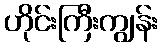
ဟိုင်းကြီးကျွန်း